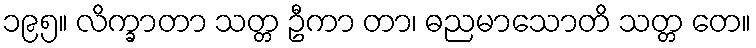
၁၉၅။ လိက္ခာတာ သတ္တ ဦကာ တာ၊ ဓညမာသောတိ သတ္တ တေ။